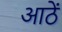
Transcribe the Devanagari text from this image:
आठें